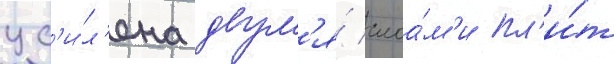
ус'и́л'ена двум'я́ слоа́м'и пл'и́т